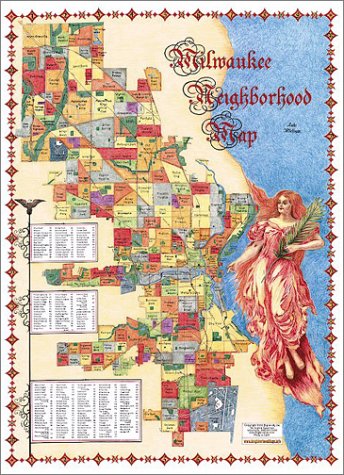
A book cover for The Milwaukee Neighborhood Map; Inc. Big Stick; Travel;